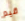
قيم